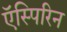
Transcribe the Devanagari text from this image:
ऍस्पिरिन